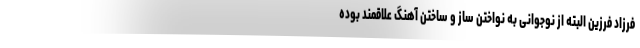
فرزاد فرزین البته از نوجوانی به نواختن ساز و ساختن آهنگ علاقمند بوده